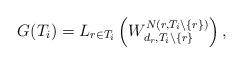
LaTeX: \begin{align*}G(T_i)=L_{r \in T_i}\left(W_{d_r,T_i \backslash \{r\}}^{N(r,T_i \backslash \{r\})}\right),\end{align*}